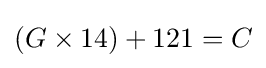
\left(G\times 14\right)+121=C